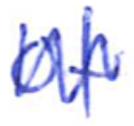
Text: of
Cross-out: zig-zag
Writing tool: ballpoint